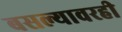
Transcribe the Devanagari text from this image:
बसल्यावरही